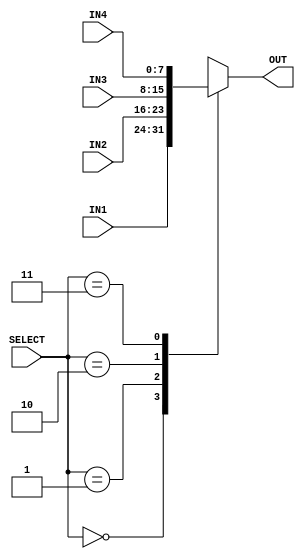
`timescale  1ns/100ps

module mux4to1(IN1, IN2, IN3, IN4, SELECT, OUT);
    input [7:0] IN1, IN2, IN3, IN4;  // 4 inputs
    input [1:0] SELECT;              // select bit input
    output reg [7:0] OUT;            // output

    always @(IN1, IN2, IN3, IN4, SELECT)
    begin
        case (SELECT)
            2'b00: #1 OUT = IN1;  // switch to IN1
            2'b01: #1 OUT = IN2;  // switch to IN2
            2'b10: #1 OUT = IN3;  // switch to IN3
            2'b11: #1 OUT = IN4;  // switch to IN4
            default: OUT = 8'b0;  // default case
        endcase
    end
endmodule